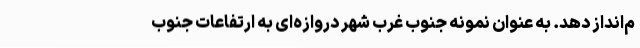
م‌انداز دهد. به عنوان نمونه جنوب غرب شهر دروازه‌ای به ارتفاعات جنوب